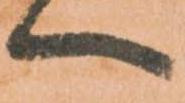
へ